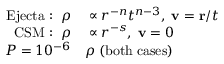
\begin{array} { r l } { \mathrm { E j e c t a : } \; \; \rho } & { { } \propto r ^ { - n } t ^ { n - 3 } , \; \mathbf { v } = \mathbf { r } / t } \\ { \mathrm { C S M : } \; \; \rho } & { { } \propto r ^ { - s } , \; \mathbf { v } = 0 } \\ { P = 1 0 ^ { - 6 } } & { { } \rho \; \mathrm { ( b o t h \; c a s e s ) } } \end{array}